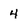
Character: 4